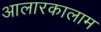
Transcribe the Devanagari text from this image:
आलारकालाम